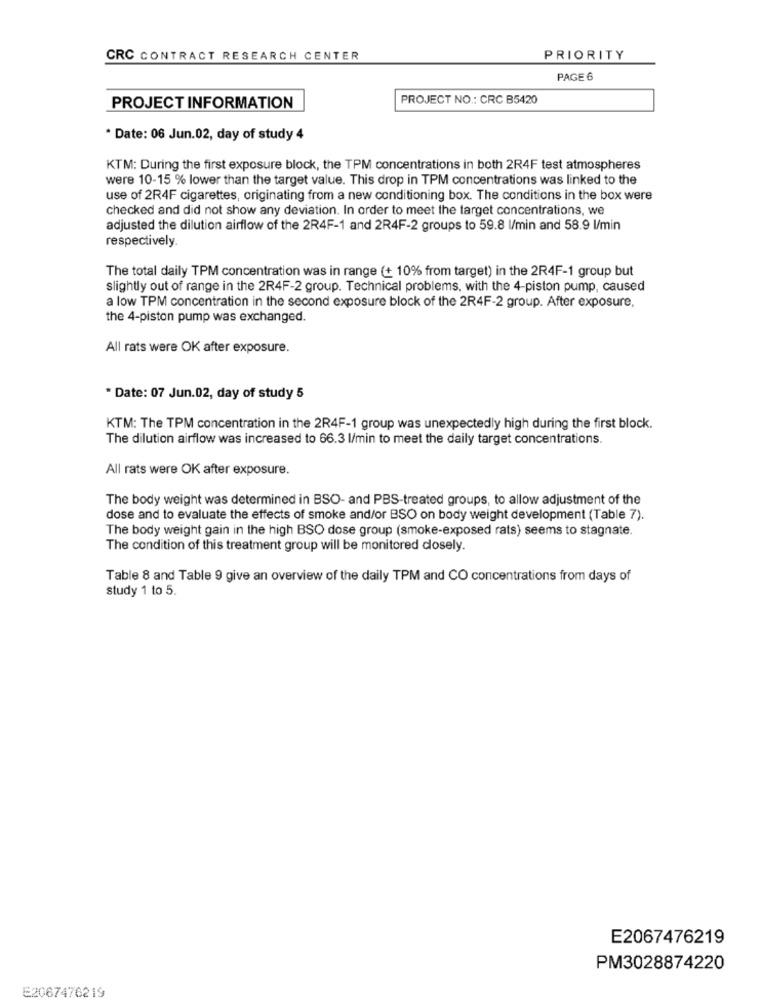
CRC CONTRACT RESEARCH CENTER
PRIORITY
PAGE 6
PROJECT NO .: CRC B5420
PROJECT INFORMATION
* Date: 06 Jun.02, day of study 4
KTM: During the first exposure block, the TPM concentrations in both 2R4F test atmospheres
were 10-15 % lower than the target value. This drop in TPM concentrations was linked to the
use of 2R4F cigarettes, originating from a new conditioning box. The conditions in the box were
checked and did not show any deviation. In order to meet the target concentrations, we
adjusted the dilution airflow of the 2R4F-1 and 2R4F-2 groups to 59.8 l/min and 58.9 l/min
respectively.
The total daily TPM concentration was in range (+ 10% from target) in the 2R4F-1 group but
slightly out of range in the 2R4F-2 group. Technical problems, with the 4-piston pump, caused
a low TPM concentration in the second exposure block of the 2R4F-2 group. After exposure.
the 4-piston pump was exchanged.
All rats were OK after exposure.
* Date: 07 Jun.02, day of study 5
KTM: The TPM concentration in the 2R4F-1 group was unexpectedly high during the first block.
The dilution airflow was increased to 66.3 l/min to meet the daily target concentrations.
All rats were OK after exposure.
The body weight was determined in BSO- and PBS-treated groups, to allow adjustment of the
dose and to evaluate the effects of smoke and/or BSO on body weight development (Table 7).
The body weight gain in the high BSO dose group (smoke-exposed rats) seems to stagnate.
The condition of this treatment group will be monitored closely.
Table 8 and Table 9 give an overview of the daily TPM and CO concentrations from days of
study 1 to 5.
E2067476219
PM3028874220
E2067476219